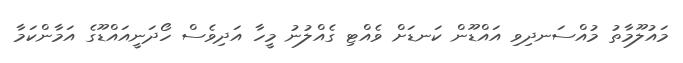
މައުލޫމާތު މުއްސަނދިވި އައްޑޫން ކަނޑަށް ވެއްޓި ގެއްލުނު މީހާ އަދިވެސް ހޯދަނީއައްޑޫގެ އަމާންކަމާ